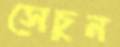
সেচুন